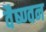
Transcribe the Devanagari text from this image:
वैष्ण्वन